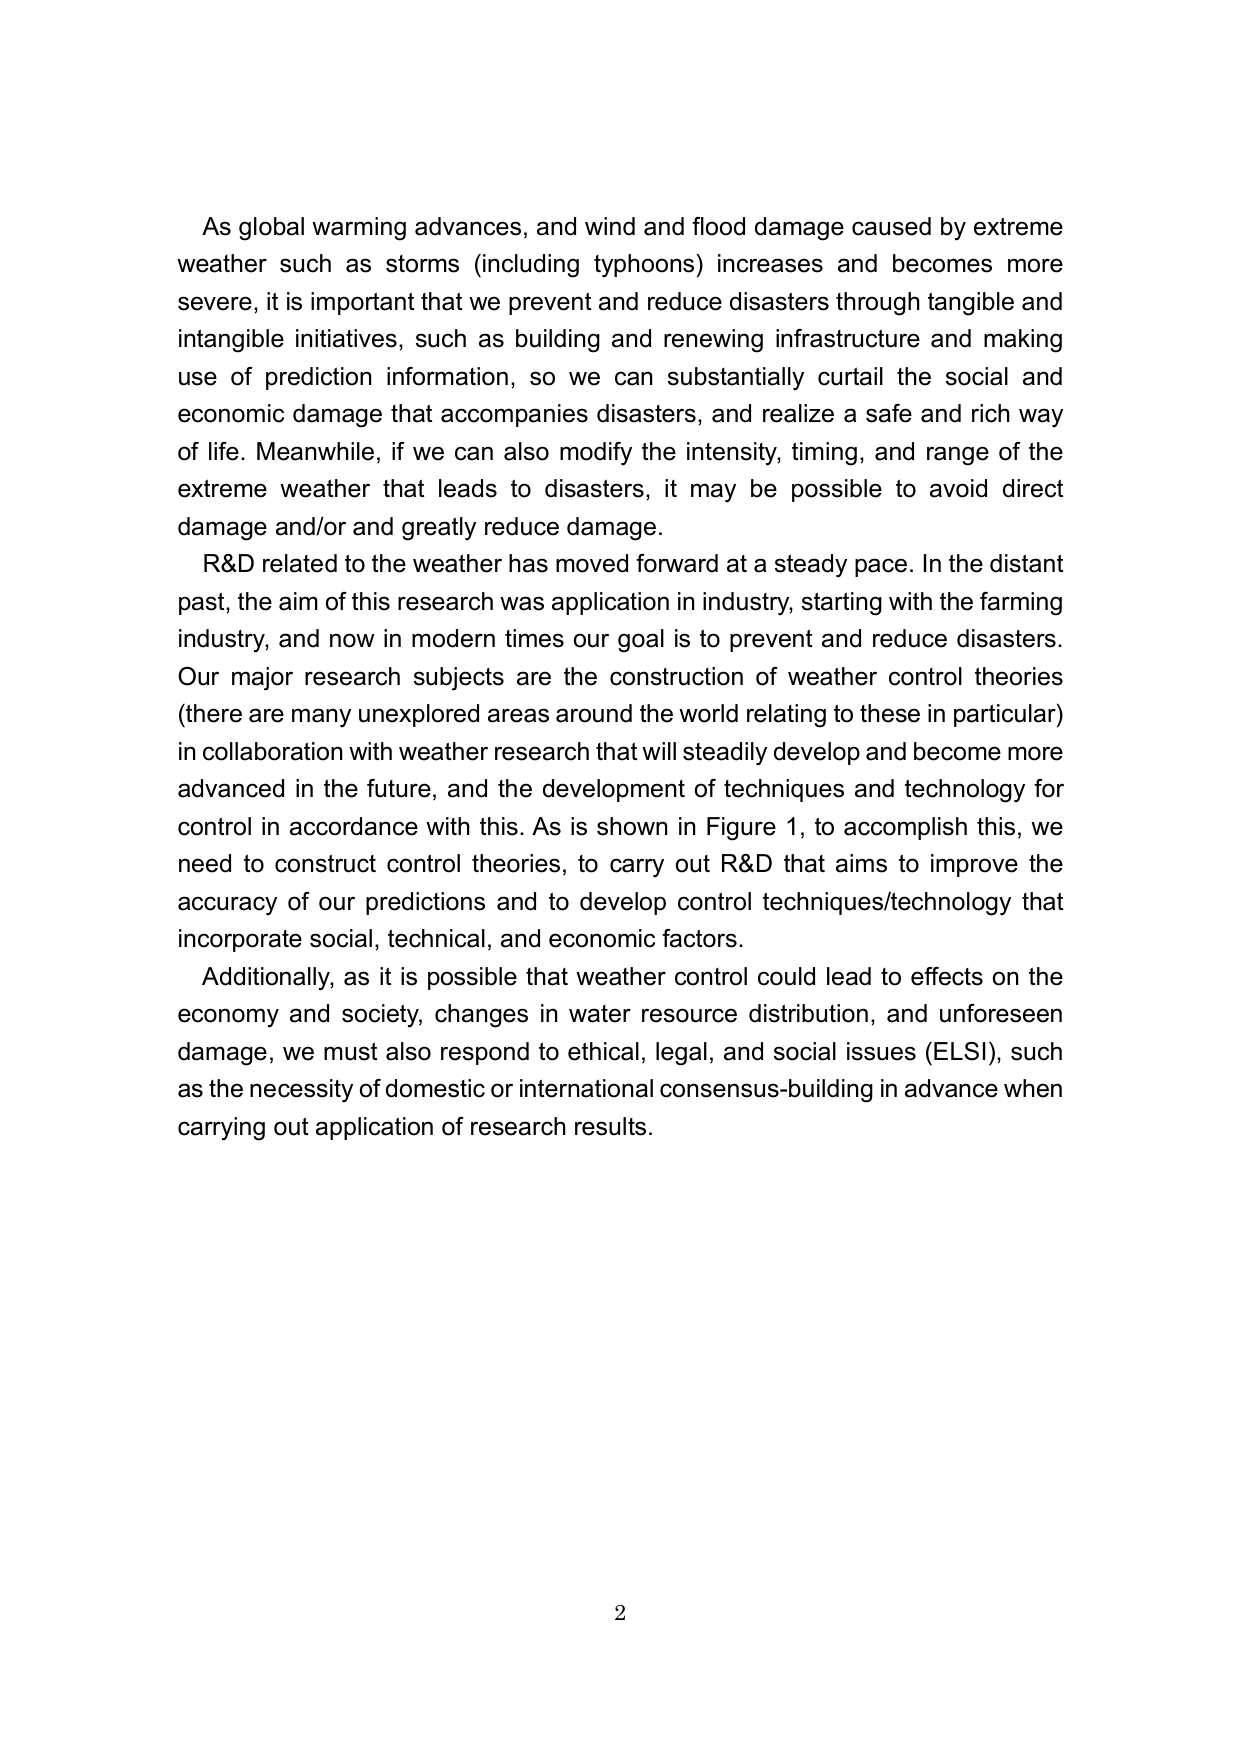
As global warming advances, and wind and flood damage caused by extreme weather such as storms (including typhoons) increases and becomes more severe, it is important that we prevent and reduce disasters through tangible and intangible initiatives, such as building and renewing infrastructure and making use of prediction information, so we can substantially curtail the social and economic damage that accompanies disasters, and realize a safe and rich way of life. Meanwhile, if we can also modify the intensity, timing, and range of the extreme weather that leads to disasters, it may be possible to avoid direct damage and/or and greatly reduce damage.

R&D related to the weather has moved forward at a steady pace. In the distant past, the aim of this research was application in industry, starting with the farming industry, and now in modern times our goal is to prevent and reduce disasters. Our major research subjects are the construction of weather control theories (there are many unexplored areas around the world relating to these in particular) in collaboration with weather research that will steadily develop and become more advanced in the future, and the development of techniques and technology for control in accordance with this. As is shown in Figure 1, to accomplish this, we need to construct control theories, to carry out R&D that aims to improve the accuracy of our predictions and to develop control techniques/technology that incorporate social, technical, and economic factors.

Additionally, as it is possible that weather control could lead to effects on the economy and society, changes in water resource distribution, and unforeseen damage, we must also respond to ethical, legal, and social issues (ELSI), such as the necessity of domestic or international consensus-building in advance when carrying out application of research results.

2